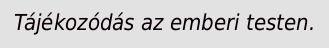
Tájékozódás az emberi testen.